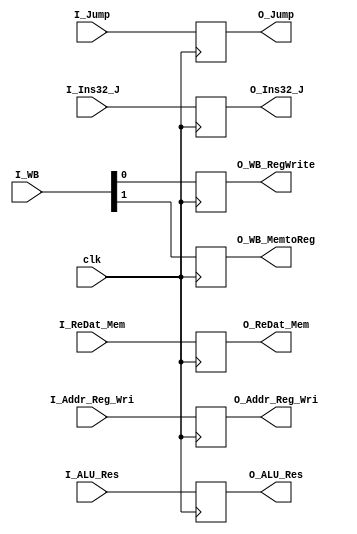
//BUFFER 4: MEM/WB
module MEMWB(
input clk,
input [1:0]I_WB,
input [31:0]I_ReDat_Mem,
input [31:0]I_ALU_Res,
input [4:0]I_Addr_Reg_Wri,
input I_Jump,
input [31:0]I_Ins32_J,
output reg O_WB_RegWrite,
output reg O_WB_MemtoReg,
output reg [31:0]O_ReDat_Mem,
output reg [31:0]O_ALU_Res,
output reg [4:0]O_Addr_Reg_Wri,
output reg O_Jump,
output reg [31:0]O_Ins32_J);

always @(posedge clk)
begin
	O_WB_RegWrite=I_WB[0];
	O_WB_MemtoReg=I_WB[1];
	O_ReDat_Mem=I_ReDat_Mem;
	O_ALU_Res=I_ALU_Res;
	O_Addr_Reg_Wri=I_Addr_Reg_Wri;
	O_Jump=I_Jump;
	O_Ins32_J=I_Ins32_J;
end

endmodule